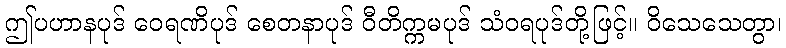
ဤပဟာနပုဒ် ဝေရဏိပုဒ် စေတနာပုဒ် ဝီတိက္ကမပုဒ် သံဝရပုဒ်တို့ဖြင့်။ ဝိသေသေတွာ၊